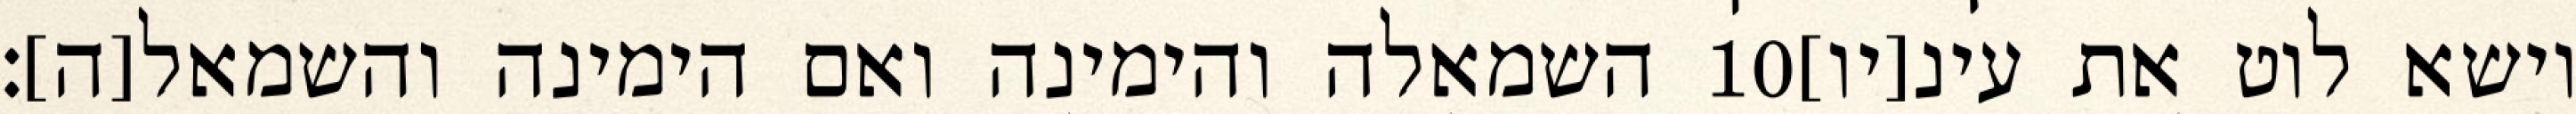
השמאלה והימינה ואם הימינה והשמאל[ה]׃ ‎10‏ וישא לוט את עינ[יו]